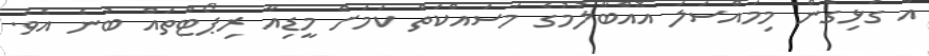
އާ ގުޅިގެން މިމައްސަލަ އޮއްބާލުމުގެ މަސައްކަތް ކަމަށް މީޑިއާ ރިޕޯޓްތައް ބުނެ އެވެ.